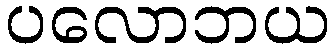
ပလောဘယ